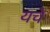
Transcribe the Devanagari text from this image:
यचे